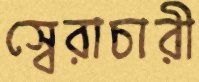
স্বেরাচারী